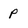
Character: p